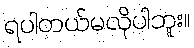
ရပါတယ်မလိုပါဘူး။